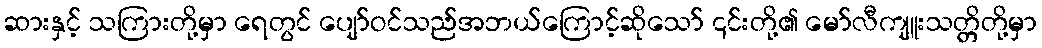
ဆားနှင့် သကြားတို့မှာ ရေတွင် ပျော်ဝင်သည်အဘယ်ကြောင့်ဆိုသော် ၎င်းတို့၏ မော်လီကျူးသတ္တိတို့မှာ